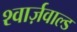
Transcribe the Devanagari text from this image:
श्वार्ज़वाल्ड